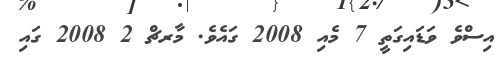
އިސްވެ ވަޑައިގަތީ 7 މެއި 2008 ގައެވެ. މާރޗް 2 2008 ގައި